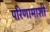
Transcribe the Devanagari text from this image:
परिणामाशी